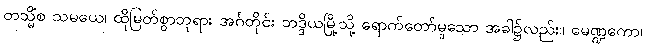
တသ္မိံစ သမယေ၊ ထိုမြတ်စွာဘုရား အင်္ဂတိုင်း ဘဒ္ဒိယမြို့သို့ ရောက်တော်မူသော အခါ၌လည်း။ မေဏ္ဍကော၊